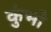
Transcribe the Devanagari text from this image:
कुंभो